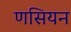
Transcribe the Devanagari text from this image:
णसियन